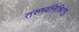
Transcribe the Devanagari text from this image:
तरुष्वनिश्चितेषु